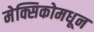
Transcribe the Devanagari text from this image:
मेक्सिकोमधून